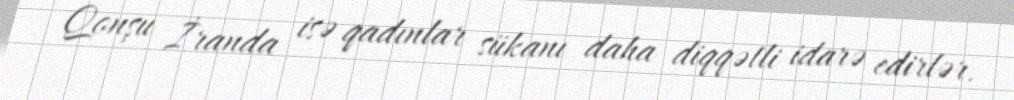
Qonşu İranda isə qadınlar sükanı daha diqqətli idarə edirlər.